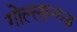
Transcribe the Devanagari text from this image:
गोल्लान्च्ज़